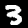
Label: 3